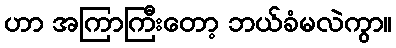
ဟာ အကြာကြီးတော့ ဘယ်ခံမလဲကွာ။